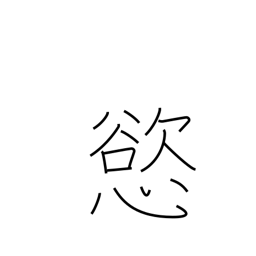
Meaning: greed